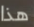
هذا